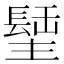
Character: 𨲣